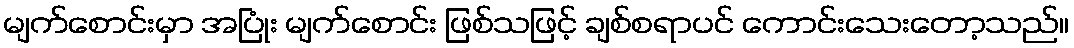
မျက်စောင်းမှာ အပြုံး မျက်စောင်း ဖြစ်သဖြင့် ချစ်စရာပင် ကောင်းသေးတော့သည်။